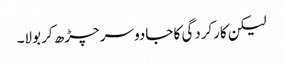
لیکن کارکردگی کا جادو سر چڑھ کر بولا۔